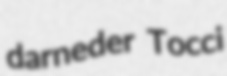
darneder Tocci